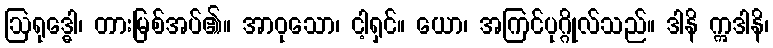
ဩရုဒ္ဓေါ၊ တားမြစ်အပ်၏။ အာဝုသော၊ ငါ့ရှင်။ ယော၊ အကြင်ပုဂ္ဂိုလ်သည်။ ဒါနိ ဣဒါနိ၊